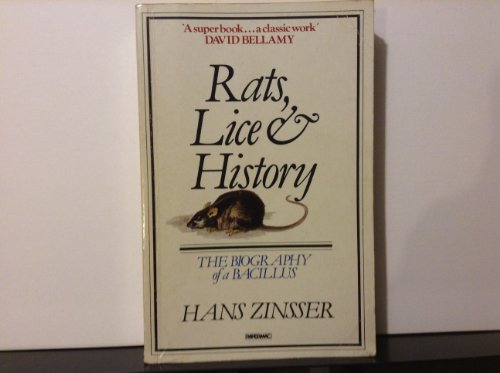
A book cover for Rats, Lice and History (Papermac); Hans Zinsser; Health, Fitness & Dieting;